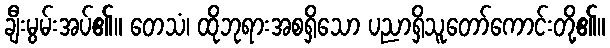
ချီးမွမ်းအပ်၏။ တေသံ၊ ထိုဘုရားအစရှိသော ပညာရှိသူတော်ကောင်းတို့၏။